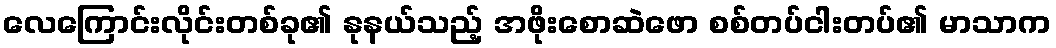
လေကြောင်းလိုင်းတစ်ခု၏ နုနယ်သည့် အဖိုးစောဆဲဖော စစ်တပ်ငါးတပ်၏ မာသာက